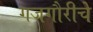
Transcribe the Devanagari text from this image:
गजगौरीचे